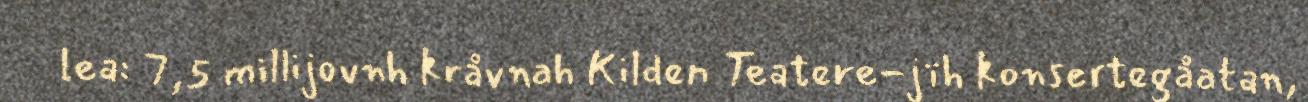
lea: 7,5 millijovnh kråvnah Kilden Teatere-jïh konsertegåatan,